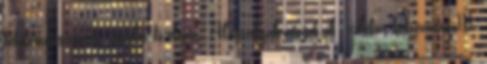
befektetésösztönzési rendelet fő elemei: Alapszolgáltatások pl.: telekár kedvezmény III.